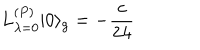
L _ { \lambda = 0 } ^ { ( P ) } | 0 \rangle _ { g } = - \frac { c } { 2 4 }